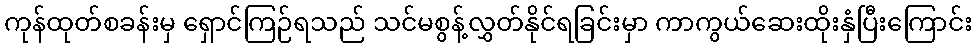
ကုန်ထုတ်စခန်းမှ ရှောင်ကြဉ်ရသည် သင်မစွန့်လွှတ်နိုင်ရခြင်းမှာ ကာကွယ်ဆေးထိုးနှံပြီးကြောင်း